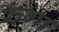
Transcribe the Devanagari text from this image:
रुंगा